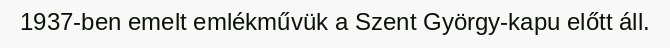
1937-ben emelt emlékművük a Szent György-kapu előtt áll.